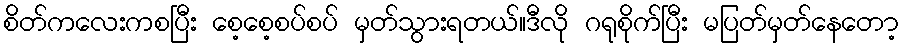
စိတ်ကလေးကစပြီး စေ့စေ့စပ်စပ် မှတ်သွားရတယ်။ဒီလို ဂရုစိုက်ပြီး မပြတ်မှတ်နေတော့